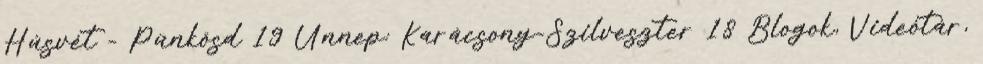
Húsvét - Pünkösd 19 Ünnep: Karácsony-Szilveszter 18 Blogok, Videótár,